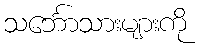
သင်္ဘောသားများကို